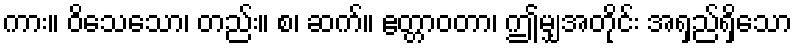
ကား။ ဝိသေသော၊ တည်း။ စ၊ ဆက်။ ဧတ္တာဝတာ၊ ဤမျှအတိုင်း အရှည်ရှိသော